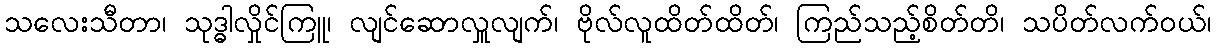
သလေးသီတာ၊ သုဒ္ဓါလှိုင်ကြူ၊ လျင်ဆောလှူလျက်၊ ဗိုလ်လူထိတ်ထိတ်၊ ကြည်သည့်စိတ်တိ၊ သပိတ်လက်ဝယ်၊